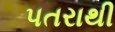
પતરાથી